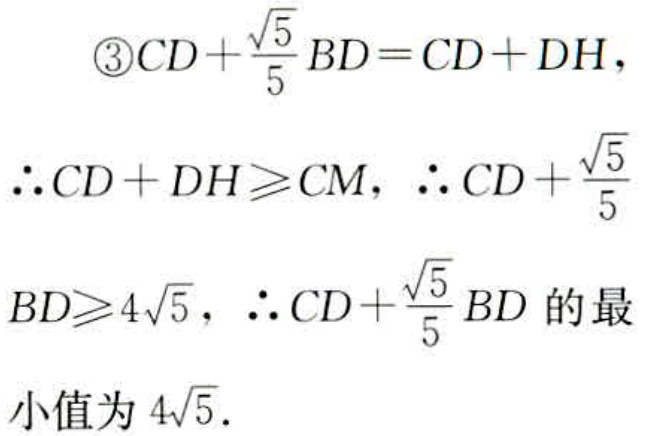
\[

\begin{align*}

&\textcircled{3}CD + \frac{\sqrt{5}}{5}BD = CD + DH,\\

&\therefore CD + DH\geqslant CM,\ \therefore CD + \frac{\sqrt{5}}{5}\\

&BD\geqslant 4\sqrt{5},\ \therefore CD + \frac{\sqrt{5}}{5}BD \text{ 的最}\\

&小值为\ 4\sqrt{5}.

\end{align*}

\]